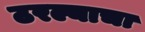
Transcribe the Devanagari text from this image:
ठरल्याचा